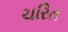
ચરિત